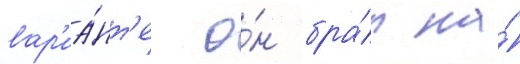
вар'иа́нт'е о́н бра́л на́